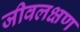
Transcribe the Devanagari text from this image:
जीवलक्षण